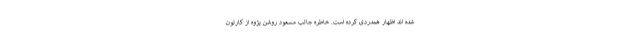
شده اند اظهار همدردی کرده است. خاطره جالب مسعود روشن پژوه از کارتون